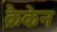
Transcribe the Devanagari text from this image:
क्रैकेन